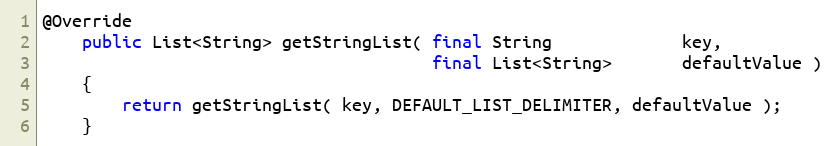
Language: Java
@Override
    public List<String> getStringList( final String             key,
                                       final List<String>       defaultValue )
    {
        return getStringList( key, DEFAULT_LIST_DELIMITER, defaultValue );
    }